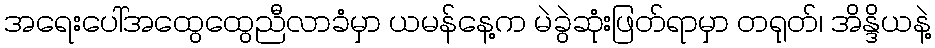
အရေးပေါ်အထွေထွေညီလာခံမှာ ယမန်နေ့က မဲခွဲဆုံးဖြတ်ရာမှာ တရုတ်၊ အိန္ဒိယနဲ့